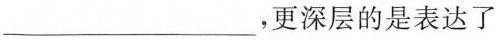
___ ，更深层的是表达了